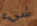
شيء